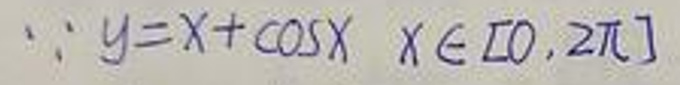
\[
\because y = x+\cos x\quad x\in[0,2\pi]
\]